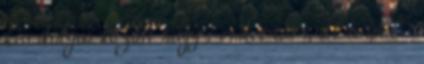
kis dolgai között nagy rendet tart, de a többit